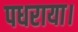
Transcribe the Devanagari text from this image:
पधराया।